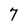
Character: 7